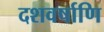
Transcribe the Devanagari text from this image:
दशवर्षाणि